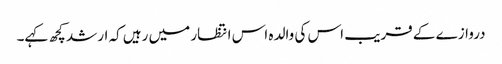
دروازے کے قریب اس کی والدہ اس انتظار میں رہیں کہ ارشد کچھ کہے۔